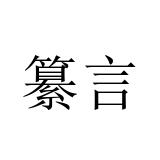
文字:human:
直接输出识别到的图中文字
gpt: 纂言